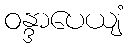
ဝန္ဒာပေယျံ